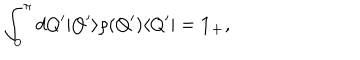
LaTeX: \int _ { 0 } ^ { \pi } d Q ^ { \prime } | Q ^ { \prime } \rangle \rho ( Q ^ { \prime } ) \langle Q ^ { \prime } | = { \bf 1 _ { + } } ,